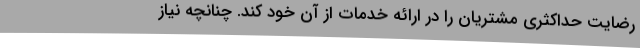
رضایت حداکثری مشتریان را در ارائه خدمات از آن خود کند. چنانچه نیاز